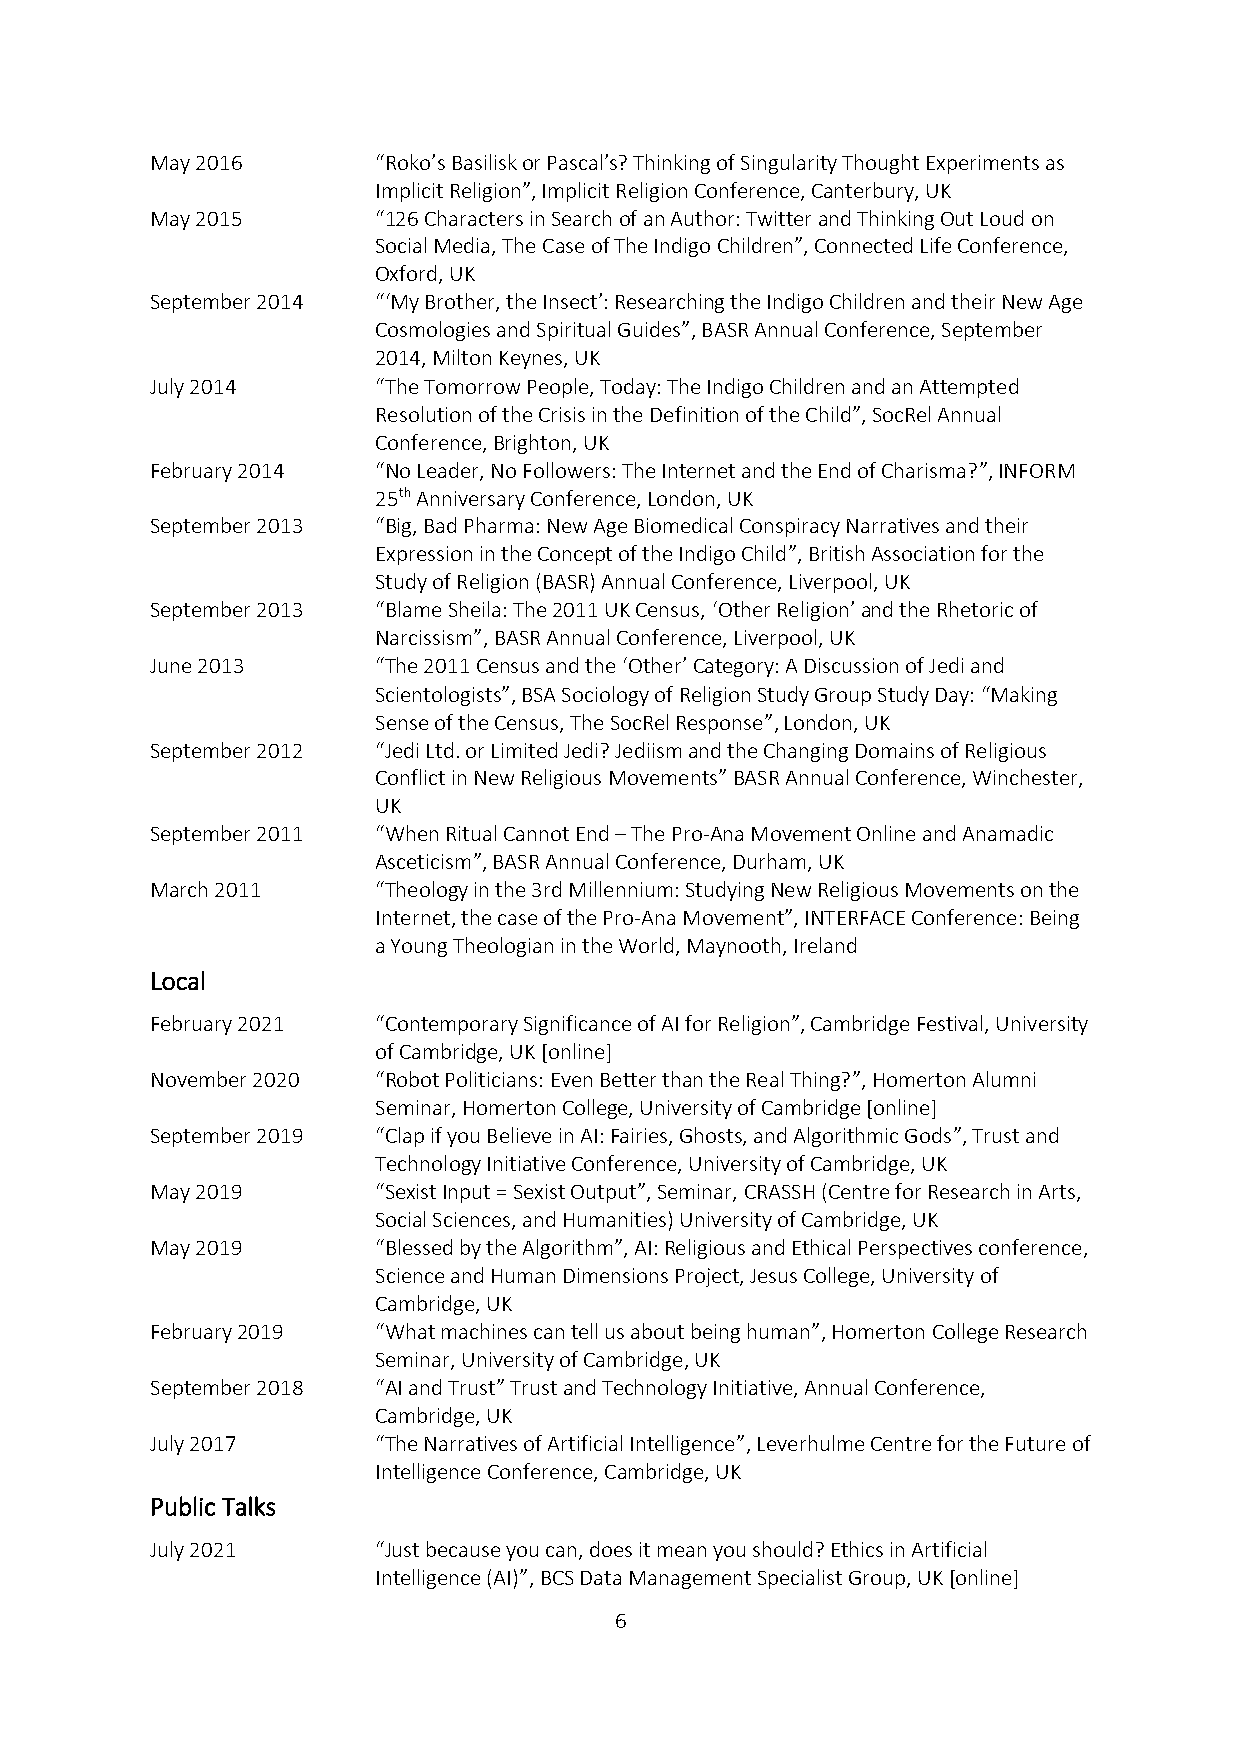
May 2016       “Roko’s Basilisk or Pascal’s? Thinking of Singularity Thought Experiments as
 Implicit Religion”, Implicit Religion Conference, Canterbury, UK
 May 2015       “126 Characters in Search of an Author: Twitter and Thinking Out Loud on
 Social Media, The Case of The Indigo Children”, Connected Life Conference,
 Oxford, UK
 September 2014 “‘My Brother, the Insect’: Researching the Indigo Children and their New Age
 Cosmologies and Spiritual Guides”, BASR Annual Conference, September
 2014, Milton Keynes, UK
 July 2014      “The Tomorrow People, Today: The Indigo Children and an Attempted
 Resolution of the Crisis in the Definition of the Child”, SocRel Annual
 Conference, Brighton, UK
 February 2014  “No Leader, No Followers: The Internet and the End of Charisma?”, INFORM
 25th Anniversary Conference, London, UK
 September 2013 “Big, Bad Pharma: New Age Biomedical Conspiracy Narratives and their
 Expression in the Concept of the Indigo Child”, British Association for the
 Study of Religion (BASR) Annual Conference, Liverpool, UK
 September 2013 “Blame Sheila: The 2011 UK Census, ‘Other Religion’ and the Rhetoric of
 Narcissism”, BASR Annual Conference, Liverpool, UK
 June 2013      “The 2011 Census and the ‘Other’ Category: A Discussion of Jedi and
 Scientologists”, BSA Sociology of Religion Study Group Study Day: “Making
 Sense of the Census, The SocRel Response”, London, UK
 September 2012 “Jedi Ltd. or Limited Jedi? Jediism and the Changing Domains of Religious
 Conflict in New Religious Movements” BASR Annual Conference, Winchester,
 UK
 September 2011 “When Ritual Cannot End – The Pro-Ana Movement Online and Anamadic
 Asceticism”, BASR Annual Conference, Durham, UK
 March 2011     “Theology in the 3rd Millennium: Studying New Religious Movements on the
 Internet, the case of the Pro-Ana Movement”, INTERFACE Conference: Being
 a Young Theologian in the World, Maynooth, Ireland
 Local
 February 2021  “Contemporary Significance of AI for Religion”, Cambridge Festival, University
 of Cambridge, UK [online]
 November 2020  “Robot Politicians: Even Better than the Real Thing?”, Homerton Alumni
 Seminar, Homerton College, University of Cambridge [online]
 September 2019 “Clap if you Believe in AI: Fairies, Ghosts, and Algorithmic Gods”, Trust and
 Technology Initiative Conference, University of Cambridge, UK
 May 2019       “Sexist Input = Sexist Output”, Seminar, CRASSH (Centre for Research in Arts,
 Social Sciences, and Humanities) University of Cambridge, UK
 May 2019       “Blessed by the Algorithm”, AI: Religious and Ethical Perspectives conference,
 Science and Human Dimensions Project, Jesus College, University of
 Cambridge, UK
 February 2019  “What machines can tell us about being human”, Homerton College Research
 Seminar, University of Cambridge, UK
 September 2018 “AI and Trust” Trust and Technology Initiative, Annual Conference,
 Cambridge, UK
 July 2017      “The Narratives of Artificial Intelligence”, Leverhulme Centre for the Future of
 Intelligence Conference, Cambridge, UK
 Public Talks
 July 2021      “Just because you can, does it mean you should? Ethics in Artificial
 Intelligence (AI)”, BCS Data Management Specialist Group, UK [online]
 6